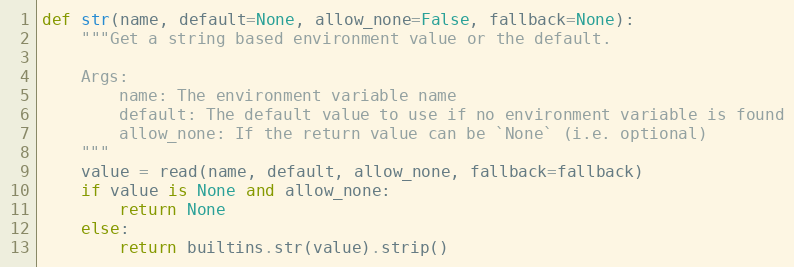
Language: Python
def str(name, default=None, allow_none=False, fallback=None):
    """Get a string based environment value or the default.

    Args:
        name: The environment variable name
        default: The default value to use if no environment variable is found
        allow_none: If the return value can be `None` (i.e. optional)
    """
    value = read(name, default, allow_none, fallback=fallback)
    if value is None and allow_none:
        return None
    else:
        return builtins.str(value).strip()